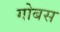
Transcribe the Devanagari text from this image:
गोबस